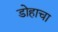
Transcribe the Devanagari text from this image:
डोहाचा